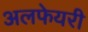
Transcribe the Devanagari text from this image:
अलफेयरी